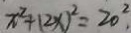
x ^ { 2 } + ( 2 x ) ^ { 2 } = 2 0 ^ { 2 } .